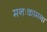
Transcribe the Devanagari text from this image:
मनःकामना